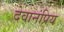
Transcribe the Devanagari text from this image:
देवानंप्रिय